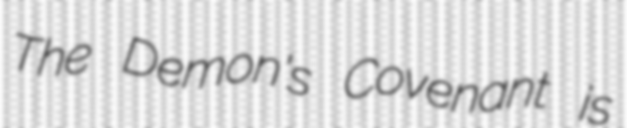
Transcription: The Demon's Covenant is